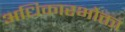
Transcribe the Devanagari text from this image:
अधिकारभोक्ता